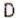
D